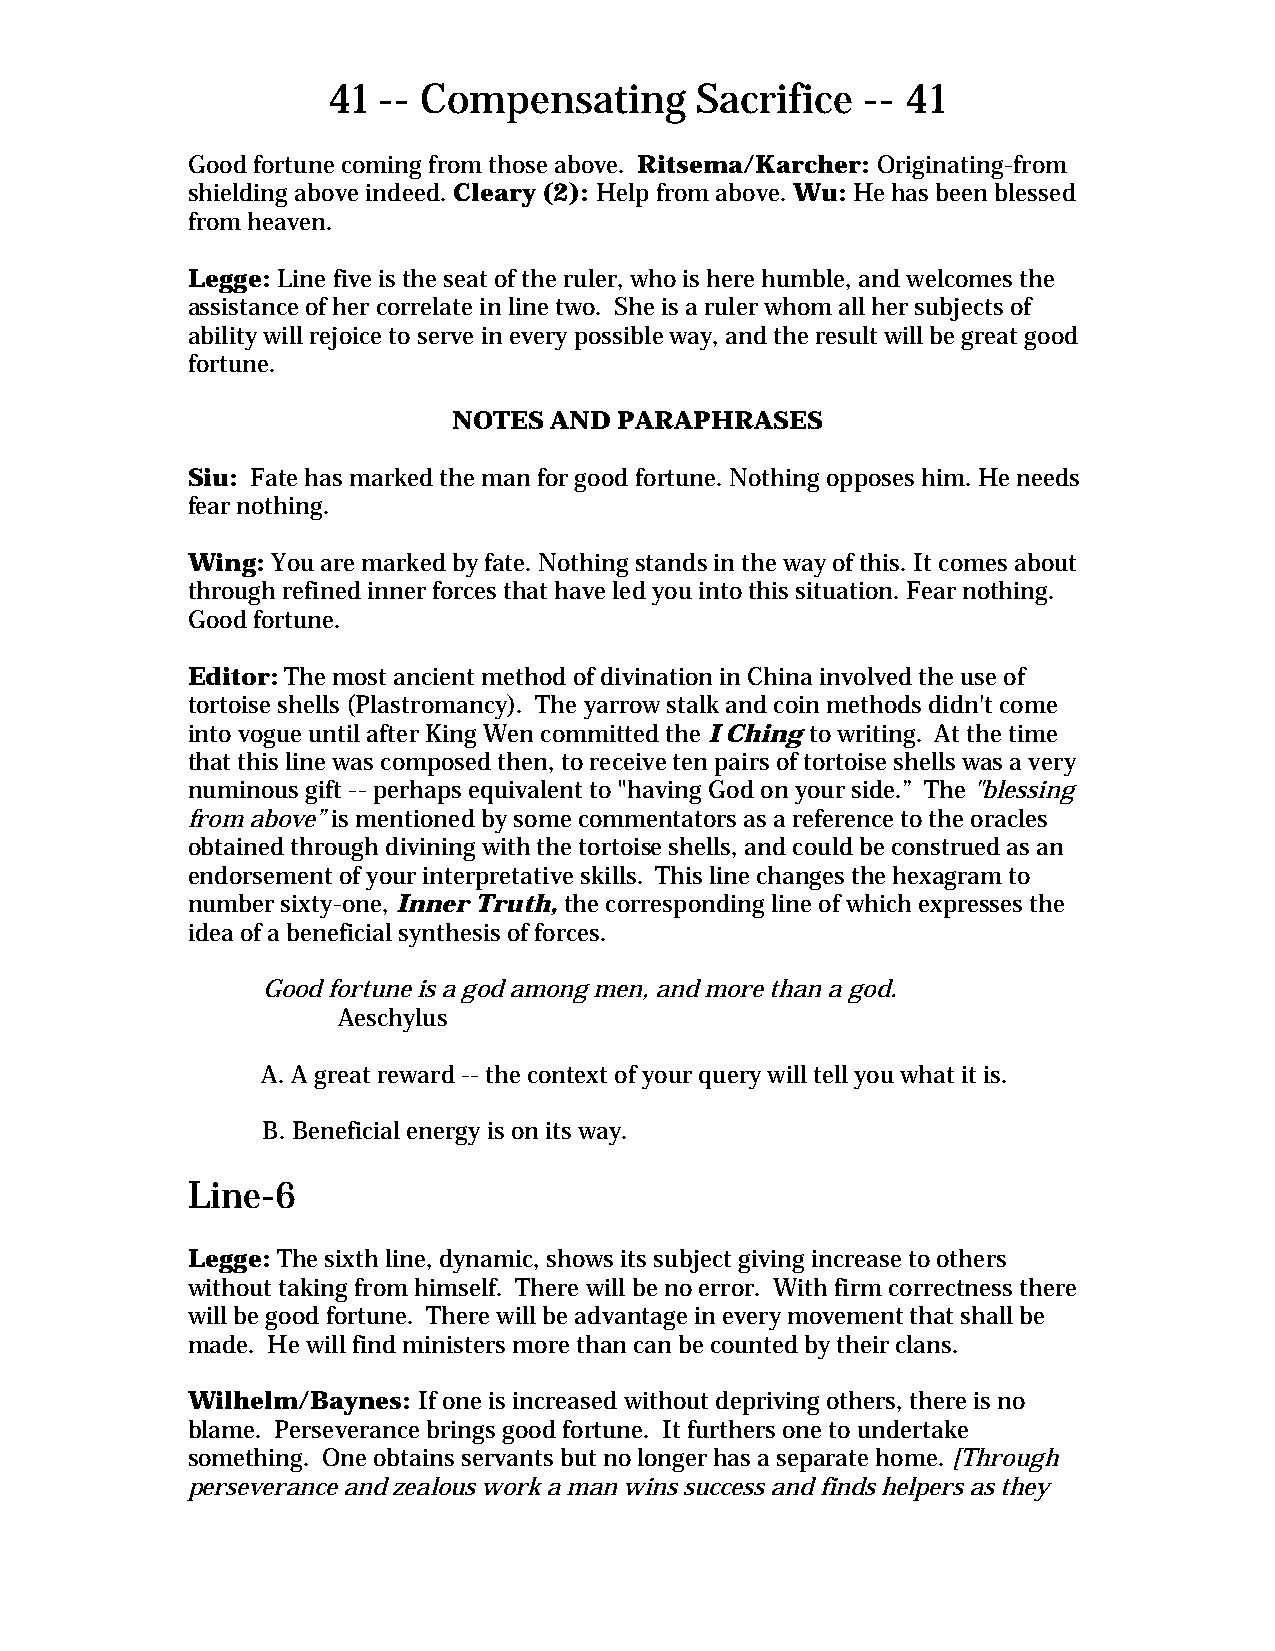
41 -- Compensating      Sacrifice  -- 41
 Good fortune coming from those above. Ritsema/Karcher: Originating-from
 shielding above indeed. Cleary (2): Help from above. Wu: He has been blessed
 from heaven.
 Legge: Line five is the seat of the ruler, who is here humble, and welcomes the
 assistance of her correlate in line two. She is a ruler whom all her subjects of
 ability will rejoice to serve in every possible way, and the result will be great good
 fortune.
 NOTES AND  PARAPHRASES
 Siu: Fate has marked the man for good fortune. Nothing opposes him. He needs
 fear nothing.
 Wing: You are marked by fate. Nothing stands in the way of this. It comes about
 through refined inner forces that have led you into this situation. Fear nothing.
 Good fortune.
 Editor: The most ancient method of divination in China involved the use of
 tortoise shells (Plastromancy). The yarrow stalk and coin methods didn't come
 into vogue until after King Wen committed the I Ching to writing. At the time
 that this line was composed then, to receive ten pairs of tortoise shells was a very
 numinous gift -- perhaps equivalent to "having God on your side.” The "blessing
 from above” is mentioned by some commentators as a reference to the oracles
 obtained through divining with the tortoise shells, and could be construed as an
 endorsement of your interpretative skills. This line changes the hexagram to
 number sixty-one, Inner Truth, the corresponding line of which expresses the
 idea of a beneficial synthesis of forces.
 Good fortune is a god among men, and more than a god.
 Aeschylus
 A. A great reward -- the context of your query will tell you what it is.
 B. Beneficial energy is on its way.
 Line-6
 Legge: The sixth line, dynamic, shows its subject giving increase to others
 without taking from himself. There will be no error. With firm correctness there
 will be good fortune. There will be advantage in every movement that shall be
 made. He will find ministers more than can be counted by their clans.
 Wilhelm/Baynes: If one is increased without depriving others, there is no
 blame. Perseverance brings good fortune. It furthers one to undertake
 something. One obtains servants but no longer has a separate home. [Through
 perseverance and zealous work a man wins success and finds helpers as they